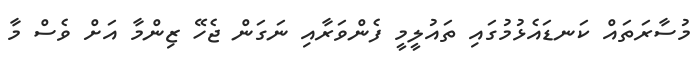
މުސާރަތައް ކަނޑައެޅުމުގައި ތައުލީމީ ފެންވަރާއި ނަގަން ޖެހޭ ޒިންމާ އަށް ވެސް މާ